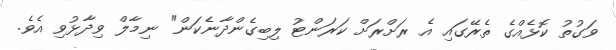
ވަގުތު ކޮޅެއްގެ ތެރޭގައި އެ ރަށްރަށް ކަރަންޓު ލިބިގެންދާނެކަން" ނިމާލް ވިދާޅުވި އެވެ.